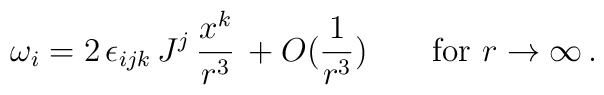
\omega_i = 2 \, \epsilon_{ijk} \, J^j \, \frac{x^k}{r^3} \, + O(\frac{1}{r^3})  \quad \quad \mbox{for } r \to \infty \, .